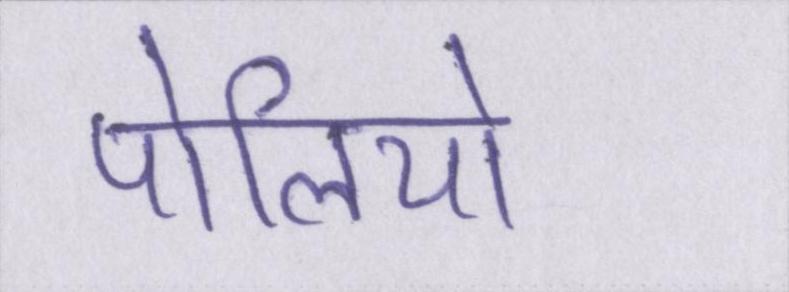
पोलियो